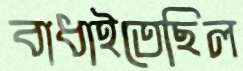
বাধাইতেছিল